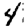
Digit: 4